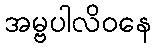
အမ္ဗပါလိဝနေ